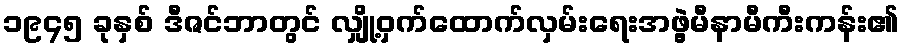
၁၉၄၅ ခုနှစ် ဒီဇင်ဘာတွင် လျှို့ဝှက်ထောက်လှမ်းရေးအဖွဲ့မီနာမီကီးကန်း၏